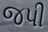
જપી